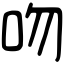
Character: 吻